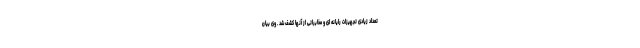
تعداد زیادی تجهیزات رایانه ای و مخابراتی از آنها کشف شد . وی بیان